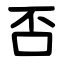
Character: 否